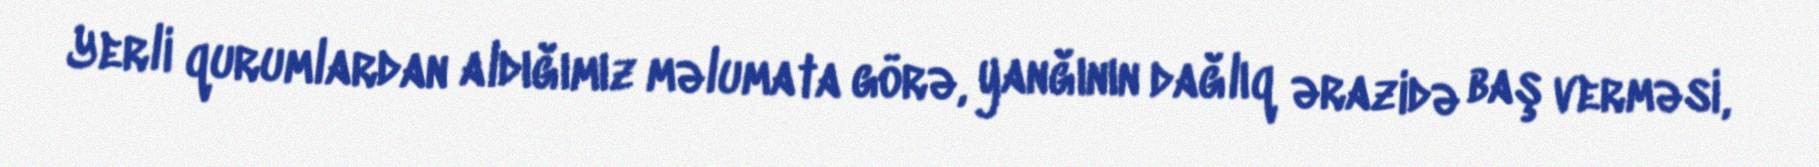
Yerli qurumlardan aldığımız məlumata görə, yanğının dağlıq ərazidə baş verməsi,